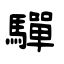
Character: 驒